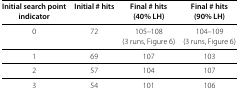
| Initial search point | Initial # hits | Final # hits | Final # hits |
 | indicator |  | (40% LH) | (90% LH) |
 | --- | --- | --- | --- |
 | 0 | 72 | 105–108 | 104–109 |
 |  |  | (3 runs, Figure 6) | (3 runs, Figure 6) |
 | 1 | 69 | 107 | 103 |
 | 2 | 57 | 104 | 107 |
 | 3 | 54 | 101 | 106 |